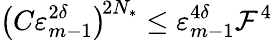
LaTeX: \bigl(C\varepsilon_{m-1}^{2\delta}\bigr)^{\! 2N_{*}}\leq\varepsilon_{m-1}^{4\delta}\mathcal{F}^{4}